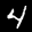
Label: 4